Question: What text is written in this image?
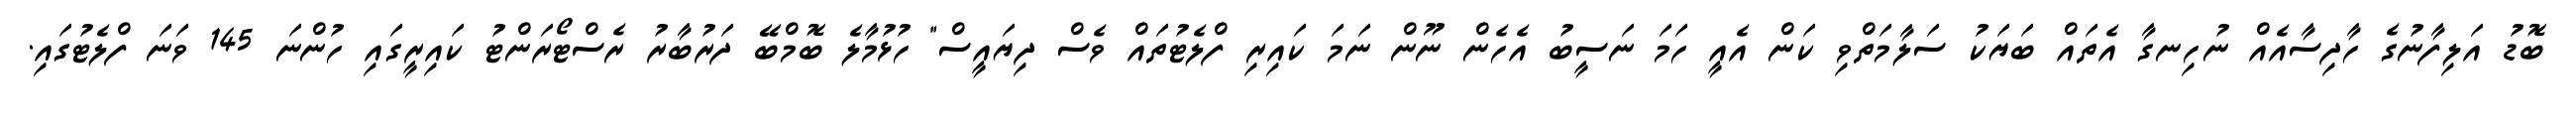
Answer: ބޮޑު އަލިފާނުގެ ހާދިސާއެއް ނުހިނގާ އެތައް ބަޔަކު ސަލާމަތްވި ކަން އެއީ ހަމަ ނަސީބު އެހެން ނޫން ނަމަ ކައިރި ފްލެޓުތައް ވެސް ދިޔައީސް" ހުޅުމާލެ ބޮމްބޭ ދަރުބާރު ރެސްޓޯރަންޓު ކައިރީގައި ހުންނަ 145 ވަނަ ފްލެޓުގައި.